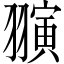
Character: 𬚈